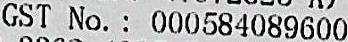
GST NO. : 000584089600